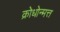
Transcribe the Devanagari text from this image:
क्रोधोन्मत्त